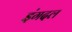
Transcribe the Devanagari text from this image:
इंगदल